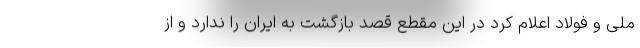
ملی و فولاد اعلام کرد در این مقطع قصد بازگشت به ایران را ندارد و از